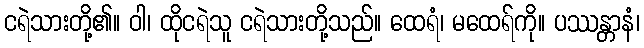
ငရဲသားတို့၏။ ဝါ၊ ထိုငရဲသူ ငရဲသားတို့သည်။ ထေရံ၊ မထေရ်ကို။ ပဿန္တာနံ၊